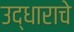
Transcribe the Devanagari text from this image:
उद्धाराचे